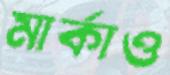
মার্কাও